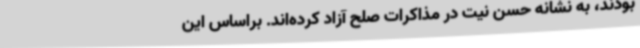
بودند، به نشانه حسن نیت در مذاکرات صلح آزاد کرده‌اند. براساس این